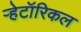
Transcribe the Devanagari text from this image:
ऱ्हेटॉरिकल